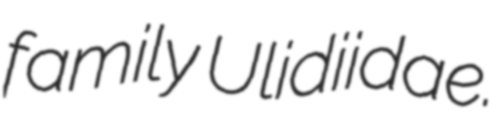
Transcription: family Ulidiidae.